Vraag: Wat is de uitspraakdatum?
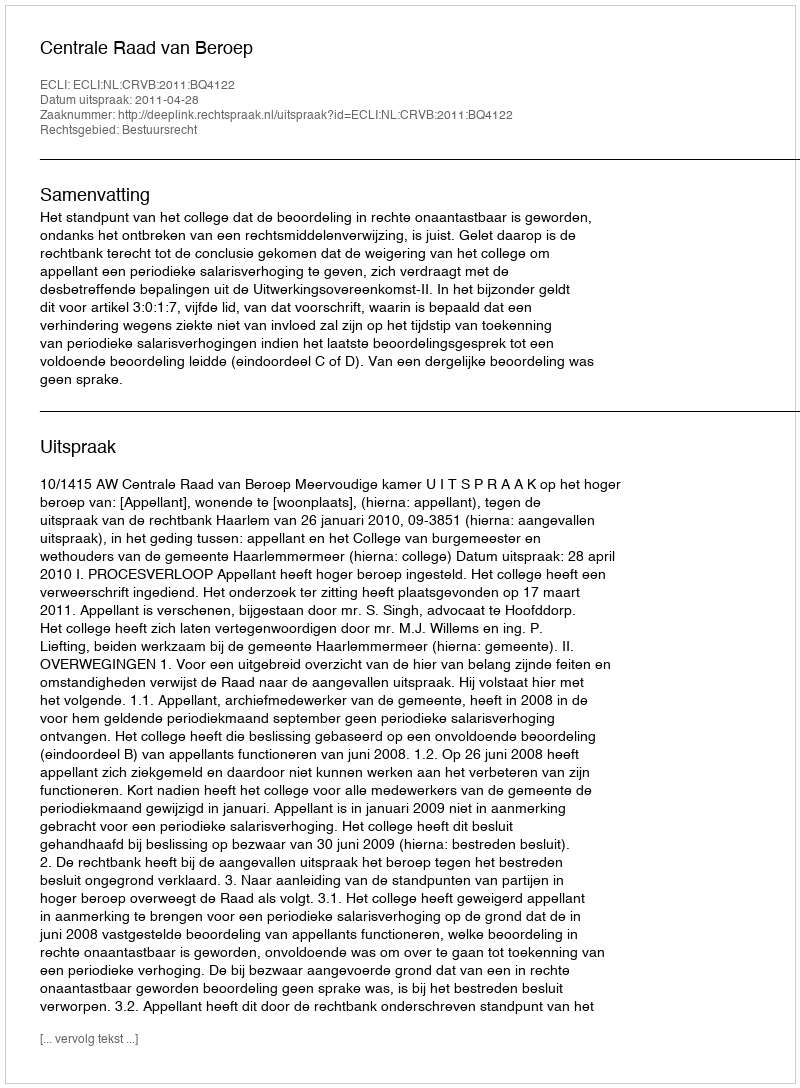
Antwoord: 2011-04-28